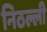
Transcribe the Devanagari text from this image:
निठल्ली